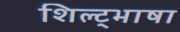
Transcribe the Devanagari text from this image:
शिल्ट्भाषा